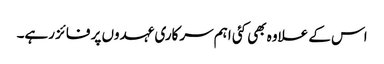
اس کے علاوہ بھی کئی اہم سرکاری عہدوں پر فائز رہے۔